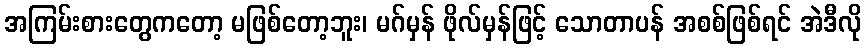
အကြမ်းစားတွေကတော့ မဖြစ်တော့ဘူး၊ မဂ်မှန် ဖိုလ်မှန်ဖြင့် သောတာပန် အစစ်ဖြစ်ရင် အဲဒီလို